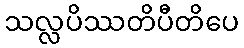
သလ္လပိဿတိပီတိပေ